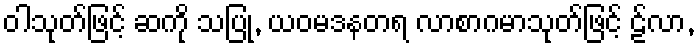
ဝါသုတ်ဖြင့် ဆကို သပြု, ယဝမဒနတရ လာစာဂမာသုတ်ဖြင့် ဠ်လာ,